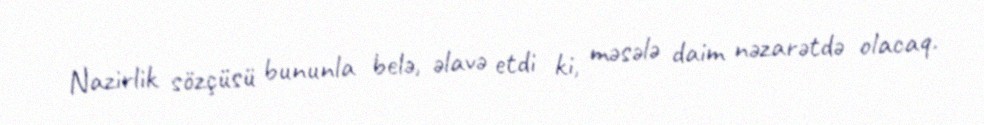
Nazirlik sözçüsü bununla belə, əlavə etdi ki, məsələ daim nəzarətdə olacaq.